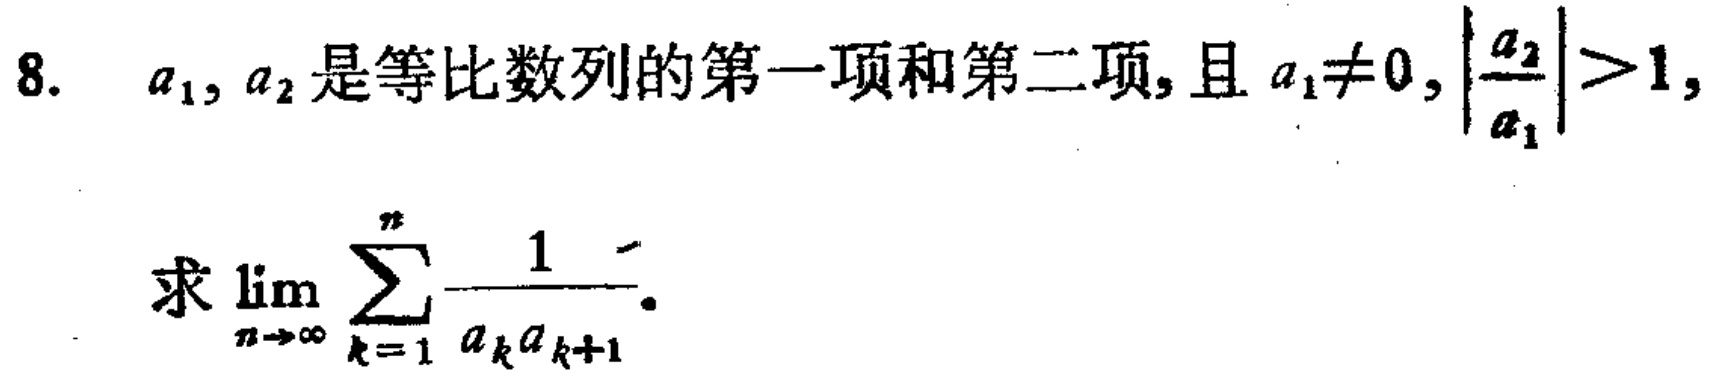
8. \(a_{1},a_{2}\)是等比数列的第一项和第二项, 且\(a_{1}\neq0,\left|\frac{a_{2}}{a_{1}}\right|>1\),
求\(\lim_{n \to \infty} \sum_{k = 1}^{n} \frac{1}{a_{k}a_{k + 1}}\).